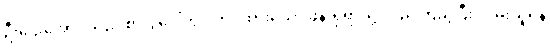
ဦးဌေးအောင်သည် စားပွဲပေါ်တွင် တင်ထားသော ဖုန်းရှိရာသို့ လှည့်ကြည့်ပြီး လှမ်းယူရန်